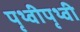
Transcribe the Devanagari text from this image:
पृथ्वीपृथ्वी